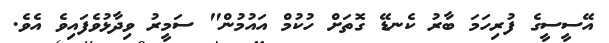
އޭސީސީގެ ފުރިހަމަ ބާރު ކެނޑޭ ގޮތަށް ހުކުމް އައުމުން" ސަމީރު ވިދާޅުވެފައިވެ އެވެ.